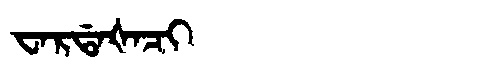
Manchu: ᠸᠠᡵᡩᠠᡧᠠᠴᡳ
Romanization: WARDAŠACI